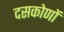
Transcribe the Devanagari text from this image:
दसकोणों